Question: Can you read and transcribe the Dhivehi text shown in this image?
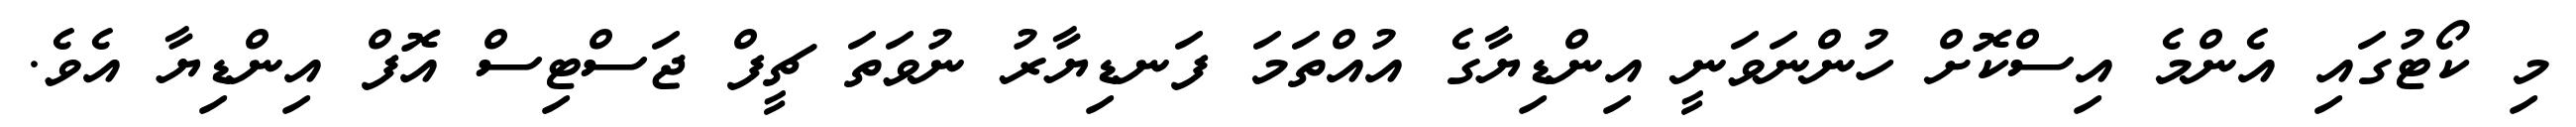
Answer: މި ކޯޓުގައި އެންމެ އިސްކޮށް ހުންނަވަނީ އިންޑިޔާގެ އުއްތަމަ ފަނޑިޔާރު ނުވަތަ ޗީފް ޖަސްޓިސް އޮފް އިންޑިޔާ އެވެ.